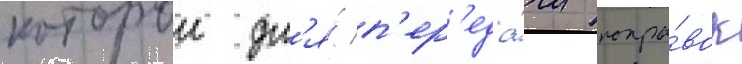
которои дл'я́ п'ер'еда́чи попра́вок